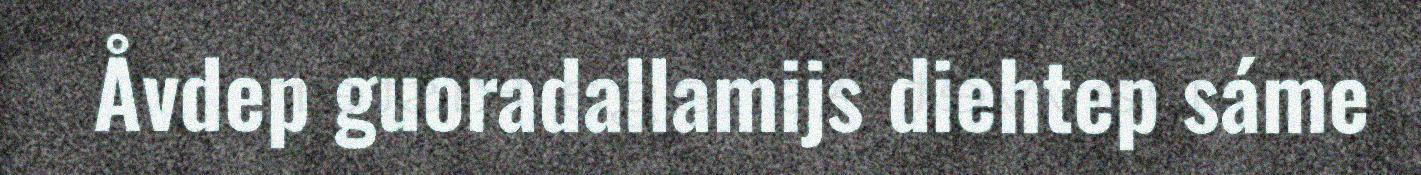
Åvdep guoradallamijs diehtep sáme